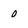
Character: 0